Vaccination in Bombay 1889-1901 - 1889-1901
Year: 1889
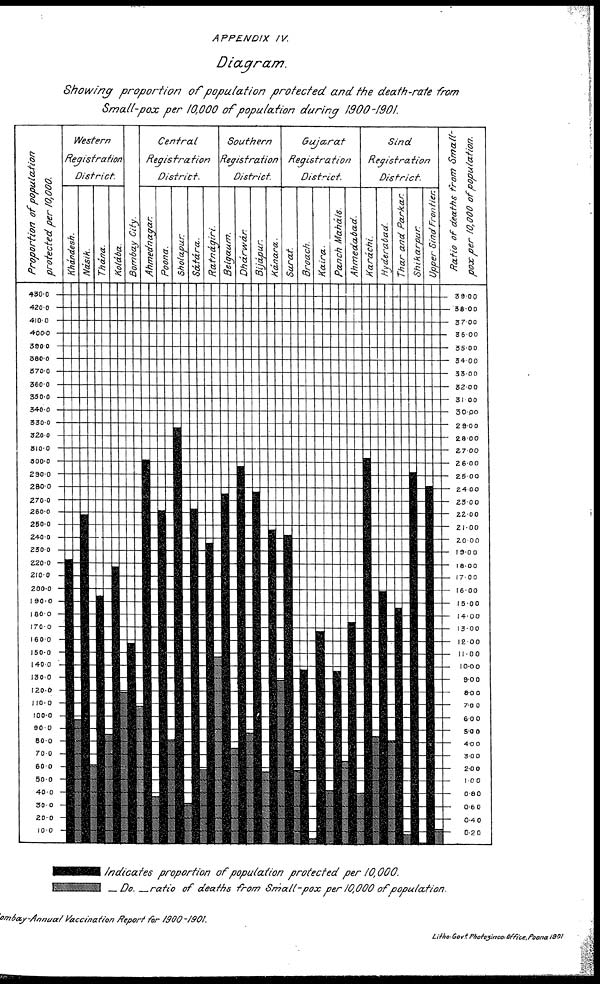
APPENDIX
IV.
Diagram.
Showing proportion
of population protected
and the death-rate from
Small-pox per 10,000 of population during 1900-1901.